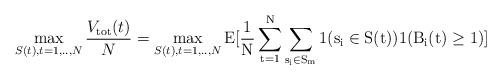
LaTeX: \begin{align*}\max_{S(t), t=1,.., N}\frac{V_{\rm{tot}}(t)}{N}=\max_{S(t), t=1,.., N}\rm{E}[\frac{1}{N}\sum_{t=1}^{N}\sum_{s_i\in S_m}1(s_i\in S(t)) 1(B_i(t)\geq1)]\end{align*}